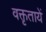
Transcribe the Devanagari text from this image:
वक्तृतायें